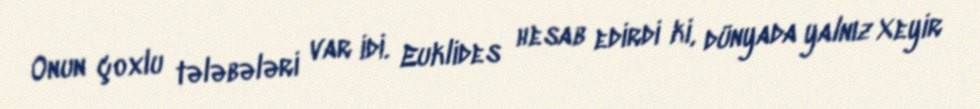
Onun çoxlu tələbələri var idi. Euklides hesab edirdi ki, dünyada yalnız Xeyir